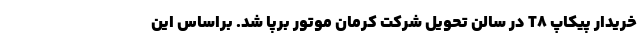
خریدار پیکاپ T8 در سالن تحویل شرکت کرمان موتور برپا شد. براساس این